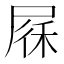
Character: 𱚻